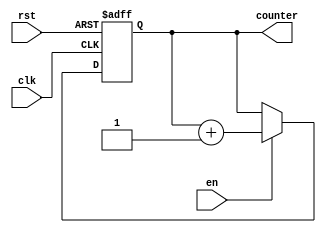
`timescale 1ns / 1ps
//////////////////////////////////////////////////////////////////////////////////
// Company: 
// Engineer: 
// 
// Design Name: 
// Module Name: Counter_8
// Project Name: 
// Target Devices: 
// Tool Versions: 
// Description: 
// 
// Dependencies: 
// 
// Revision:
// Revision 0.01 - File Created
// Additional Comments:
// 
//////////////////////////////////////////////////////////////////////////////////


module Counter_8(
    input clk,
    input en,
    input rst,
    output reg [7:0] counter
    );
    
    always @(posedge clk or posedge rst) begin
        if (rst) counter <= 0;
        else if (en) counter <= counter + 1;
    end
    
endmodule